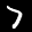
Label: 7